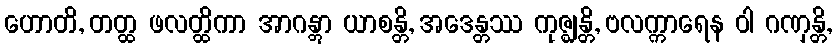
ဟောတိ, တတ္ထ ဖလတ္ထိကာ အာဂန္တွာ ယာစန္တိ, အဒေန္တဿ ကုဇ္ဈန္တိ, ဗလက္ကာရေန ဝါ ဂဏှန္တိ,